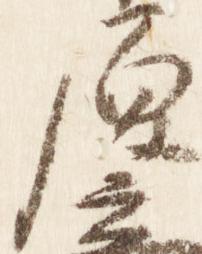
原